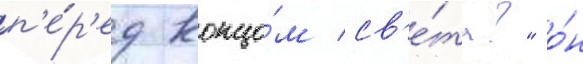
п'е́р'ед концо́м св'е́та?" о́н